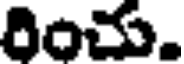
రించు.